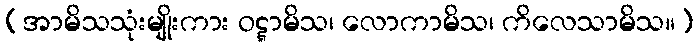
(အာမိသသုံးမျိုးကား ဝဋ္ဋာမိသ၊ လောကာမိသ၊ ကိလေသာမိသ။)